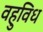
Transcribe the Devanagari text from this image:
वहुविध